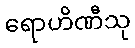
ရောဟိဏီသု